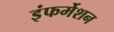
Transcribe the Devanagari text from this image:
इंफर्मेशन